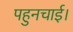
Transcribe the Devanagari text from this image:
पहुनचाई।